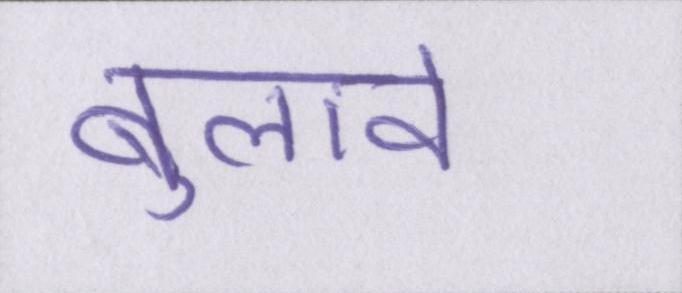
बुलावे